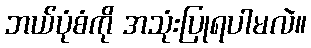
ဘယ်ပုံစံကို အသုံးပြုရပါမလဲ။